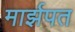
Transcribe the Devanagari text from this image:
मार्झपत